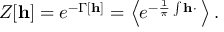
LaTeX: Z [ { \bf h } ] = e ^ { - \Gamma \left[ { \bf h } \right] } = \left< e ^ { - \frac { 1 } { \pi } \int { \bf h \cdot \Phi } } \right> .